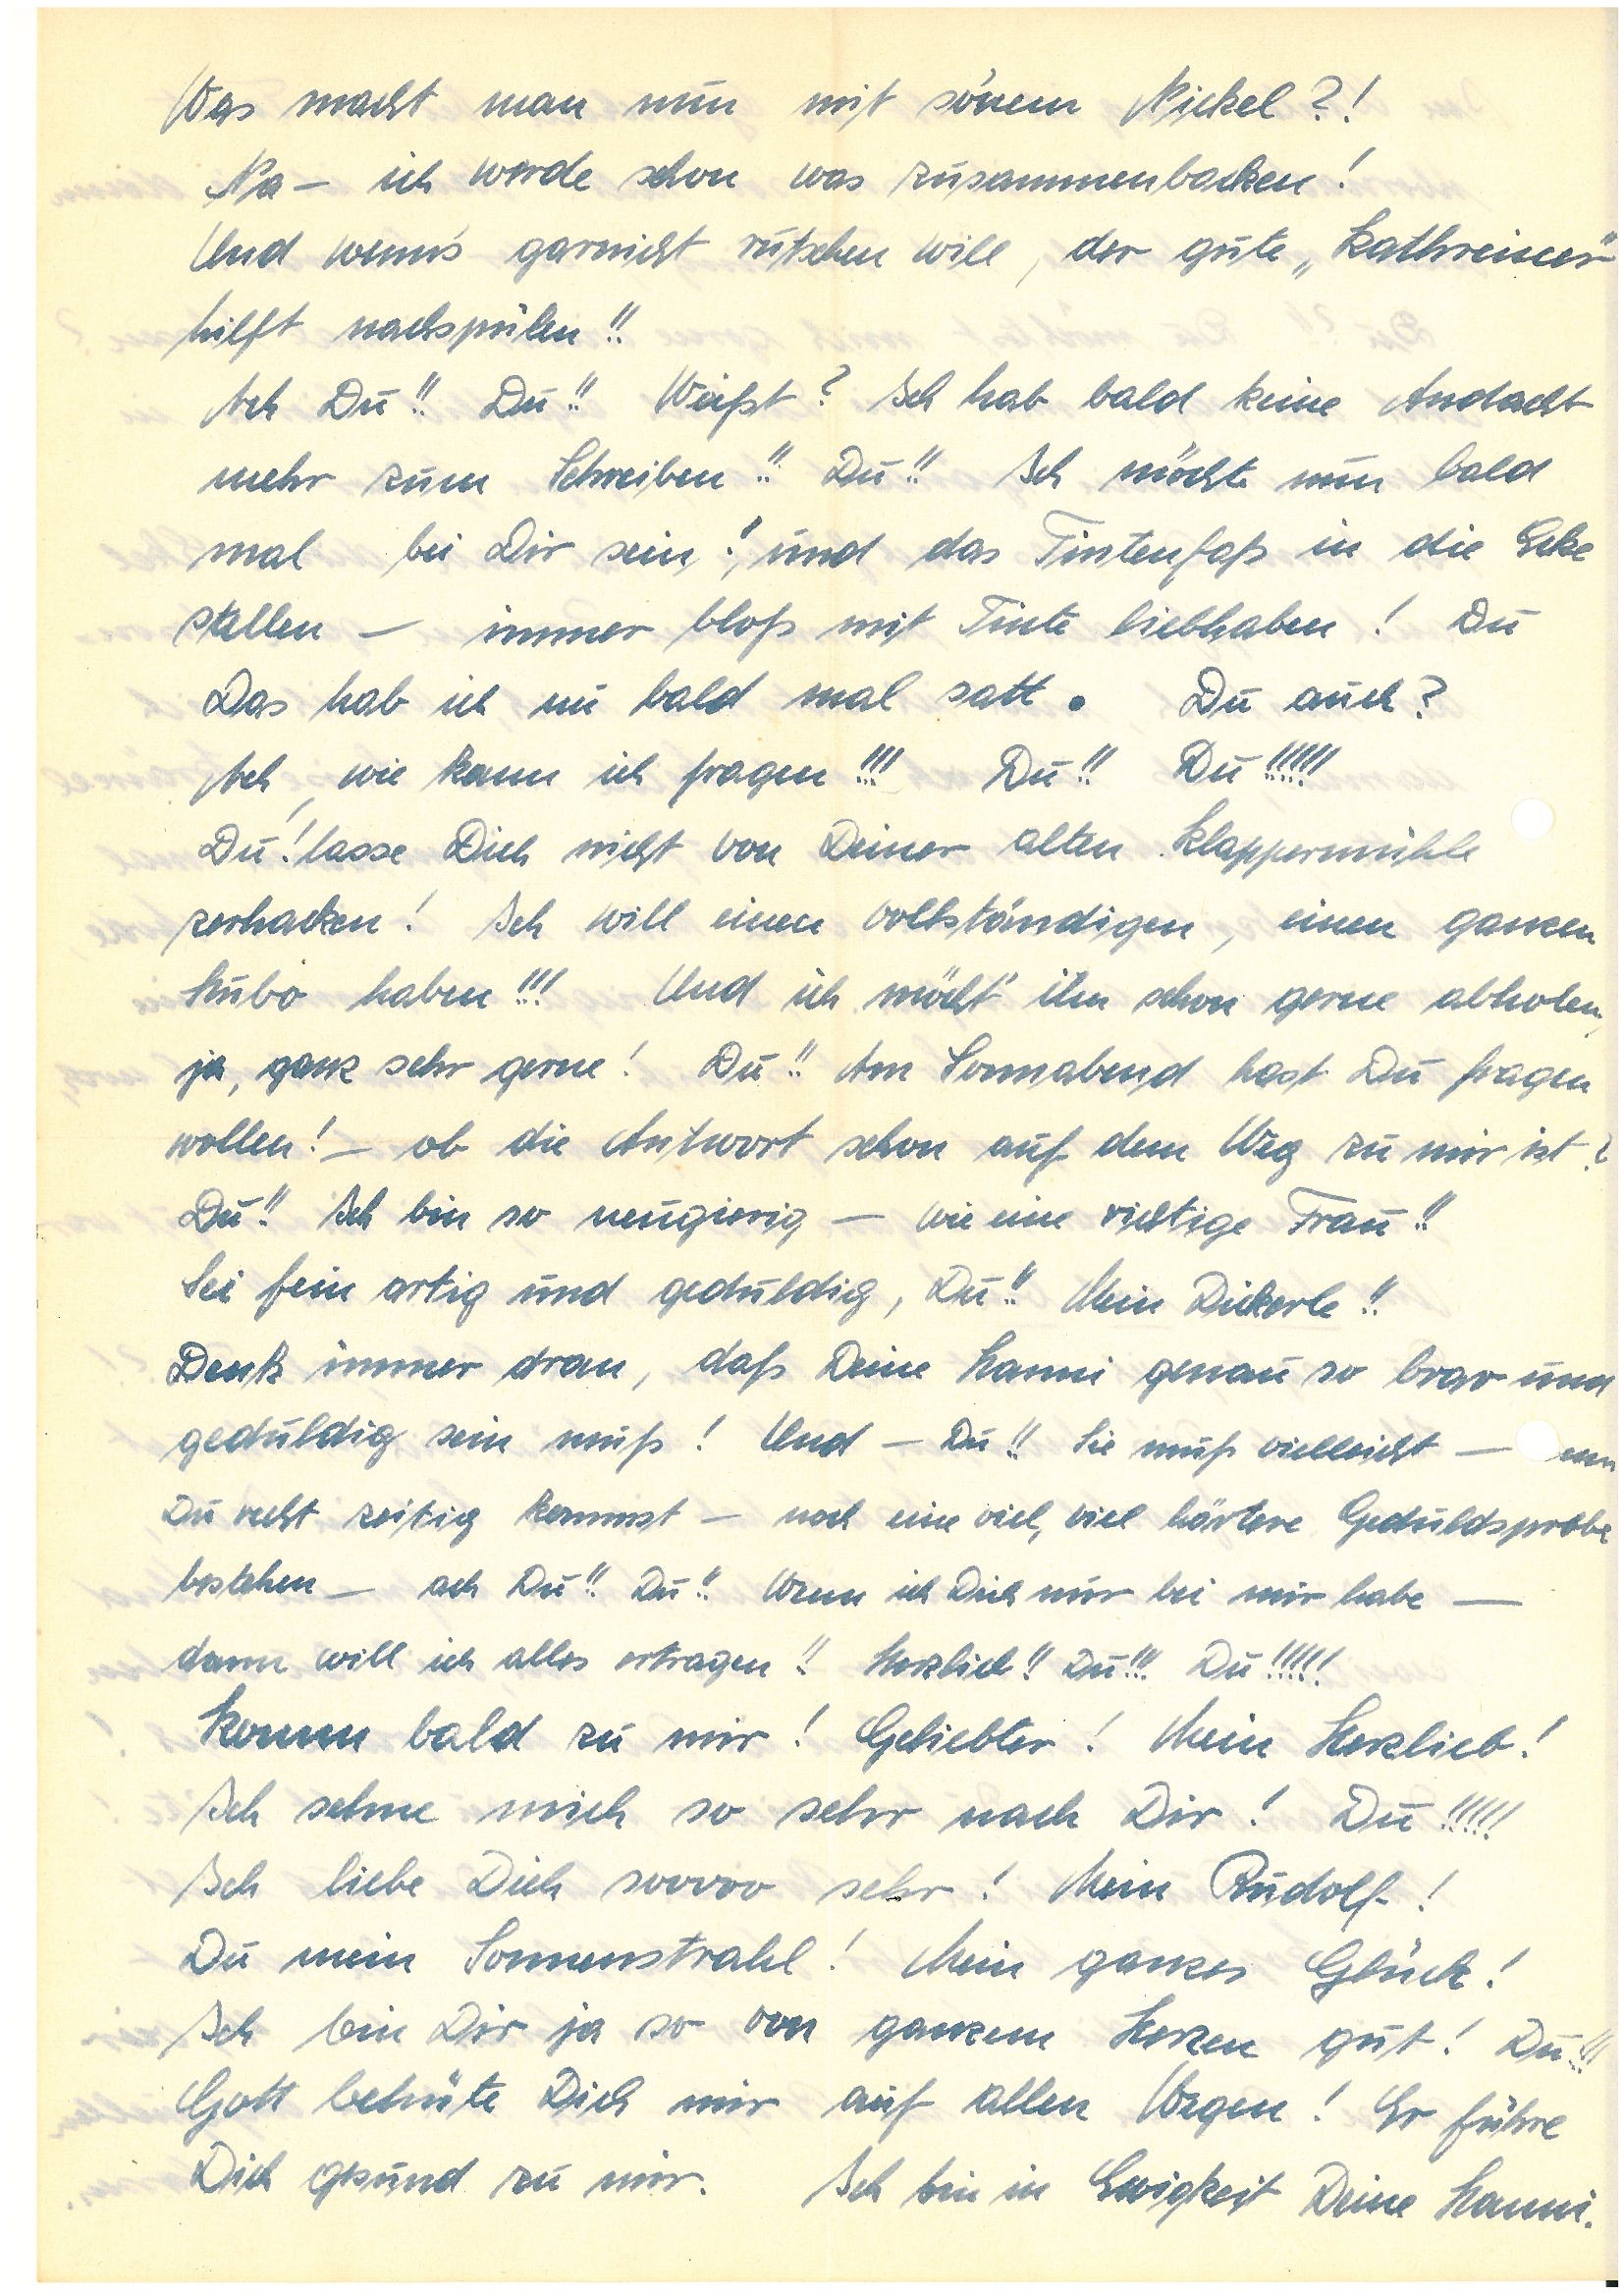
Was macht man nun mit so’nem Nickel?!
Na – ich werde schon was zusammenbacken!
Und wenns garnicht rutschen will, der gute „Kathreiner“
hilft nachspülen!!
Ach Du!! Du!! Weißt? Ich hab bald keine Andacht
mehr zum Schreiben!! Du!! Ich möchte nun bald
mal bei Dir sein! Und das Tintenfaß in die Ecke
stellen – immer bloß mit der Tinte liebhaben! Du
Das hab ich nu bald mal satt. Du auch?
Ach, wie kann ich fragen!!! Du!! Du!!!!!
Du! Lasse Dich nicht von Deiner alten Klappermühle
zerhacken! Ich will einen vollständigen, einen ganzen
Hubo haben!!! Und ich möcht‘ ihn schon gerne abholen,
ja, ganz sehr gerne! Du!! Am Sonnabend hast Du fragen
wollen! – Ob die Antwort schon auf dem Weg zu mir ist?
Du!! Ich bin so neugierig – wie eine richtige Frau!!
Sei fein artig und geduldig, Du!! Mein Dickerle!!
Denk immer dran, daß Deine  genau so brav und
geduldig sein muß! Und – Du!! Sie muß vielleicht – nn
Du recht zeitig kommst – noch eine viel, viel härtere Geduldsprobe
bestehen – ach Du!! Du!! Wenn ich Dich nur bei mir habe –
dann will ich alles ertragen!! Herzlieb!! Du!!! Du!!!!!
Komm bald zu mir! Geliebter! Mein Herzlieb!
Ich sehne mich so sehr nach Dir! Du!!!!!
Ich liebe Dich sooooo sehr! Mein!
Du mein Sonnenstrahl! Mein ganzes Glück!
Ich bin Dir ja so von ganzem Herzen gut! Du!!!
Gott behüte Dich mir auf allen Wegen! Er führe
Dich gesund zu mir. Ich bin in Ewigkeit Deine.